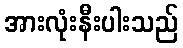
အားလုံးနီးပါးသည်